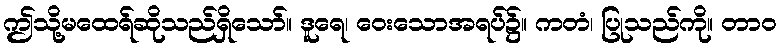
ဤသို့မထေရ်ဆိုသည်ရှိသော်။ ဒူရေ၊ ဝေးသောအရပ်၌။ ကတံ၊ ပြုသည်ကို။ တာဝ